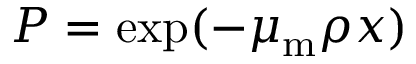
P = \exp ( { - \mu _ { \mathrm { m } } \rho x } )